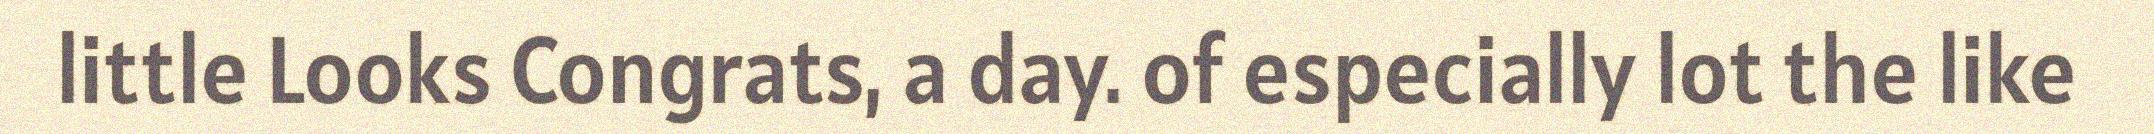
little Looks Congrats, a day. of especially lot the like